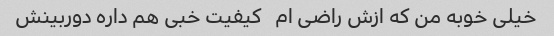
خیلی خوبه من که ازش راضی ام   کیفیت خبی هم داره دوربینش